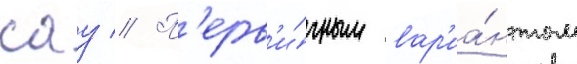
сау // П'ерв'и́чным вар'иа́нтом